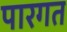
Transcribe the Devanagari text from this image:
पारगत